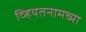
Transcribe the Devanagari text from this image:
व्हियतनामच्या